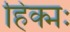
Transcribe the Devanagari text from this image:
हिक्मः